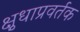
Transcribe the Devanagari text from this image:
क्षुधाप्रवर्तक